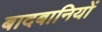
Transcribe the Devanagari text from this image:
बादबानियों